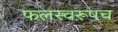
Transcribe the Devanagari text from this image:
फलस्वरूपच